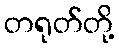
တရုတ်တို့